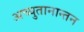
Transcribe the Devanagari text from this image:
अच्युतानान्तन